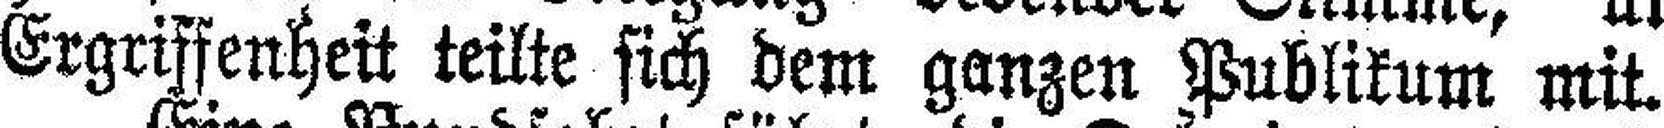
Ergriffenheit teilte sich dem ganzen Publikum mit.